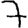
Digit: 7